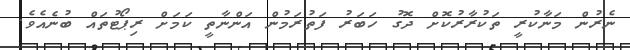
ނެރުން މަނާކުރީ ތަކުރާރުކޮށް ދޮގު ހަބަރު ފަތުރަމުން އަންނާތީ ކަމަށް ރިޕޯޓުތައް ބުނެއެވެ.